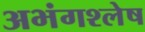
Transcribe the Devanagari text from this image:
अभंगश्लेष